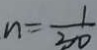
n = \frac { 1 } { 3 0 }